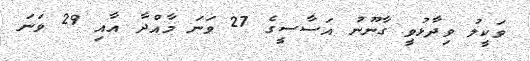
ވަކީލު ވިދާޅުވީ ގާނޫނު އަސާސީގެ 27 ވަނަ މާއްދާ އާއި 29 ވަނަ